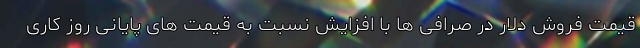
قیمت فروش دلار در صرافی ها با افزایش نسبت به قیمت های پایانی روز کاری